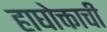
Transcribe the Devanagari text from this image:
हाघोक्ताची